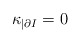
\begin{align*} \kappa_{|\partial I}=0\end{align*}